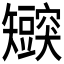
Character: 𬑸